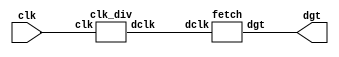
module dclk_test(
  input wire clk, 
  output wire[2:0] dgt
); 
	wire dclk; 
  clk_div clk_div0(clk, dclk); 
  fetch fetch0(dclk, dgt); 
endmodule 

module fetch(
  input wire dclk, 
  output reg[2:0] dgt 
); 
  initial dgt <= 3'b0; 
  always @ (posedge dclk) begin 
    dgt <= dgt + 1'b1; 
  end 
endmodule 

module clk_div(
  input wire clk, 
  output wire dclk 
); 
  reg[27:0] cnt; initial cnt <= 28'b0; 

  always @ (posedge clk) begin 
    cnt <= cnt + 1'b1; 
  end
  assign dclk = cnt[27];  
endmodule